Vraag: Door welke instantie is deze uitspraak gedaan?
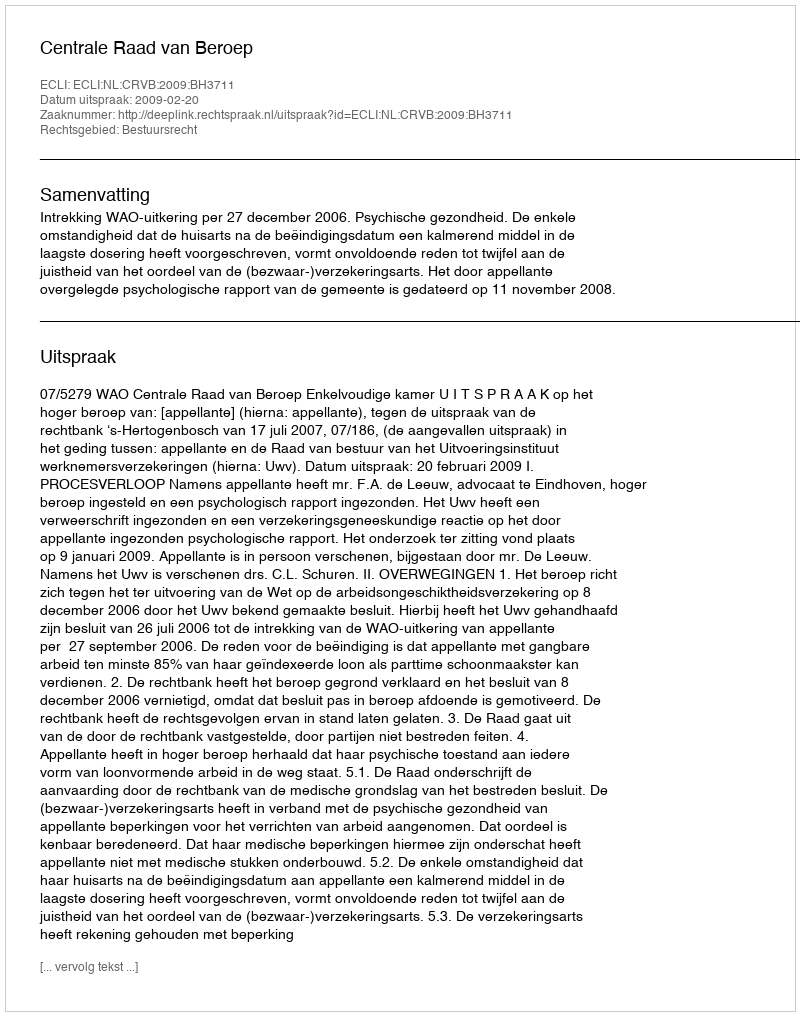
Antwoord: Centrale Raad van Beroep